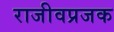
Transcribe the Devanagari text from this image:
राजीवप्रजक